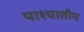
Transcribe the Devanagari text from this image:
पाश्चातीय